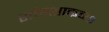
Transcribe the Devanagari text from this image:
शांग्शाकच्या